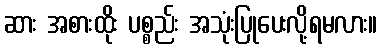
ဆား အစားထိုး ပစ္စည်း အသုံးပြုပေးလို့ရမလား။